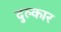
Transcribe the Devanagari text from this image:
दुल्कार